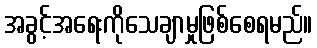
အခွင့်အရေးကိုသေချာမှုဖြစ်စေရမည်။